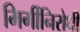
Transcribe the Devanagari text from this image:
मिर्गीनिरोधी